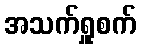
အသက်ရှူစက်